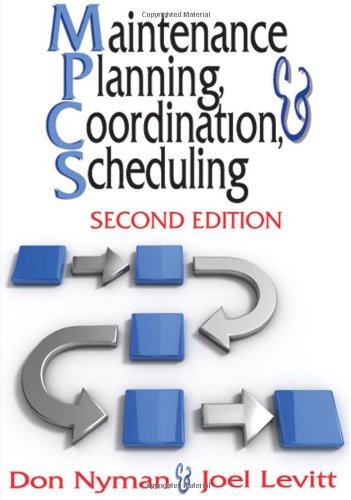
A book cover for Maintenance Planning, Coordination, & Scheduling; Don Nyman; Business & Money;